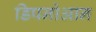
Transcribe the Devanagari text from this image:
डिपनोआन